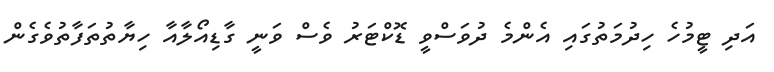
އަދި ޓީމުހެ ހިދުމަތުގައި އެންމެ ދުވަސްވީ ޑޮކްޓަރު ވެސް ވަނީ ގާޑިއޯލާއާ ހިޔާތުތަފާތުވެގެން